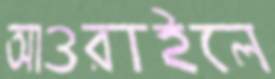
আওরাইলে